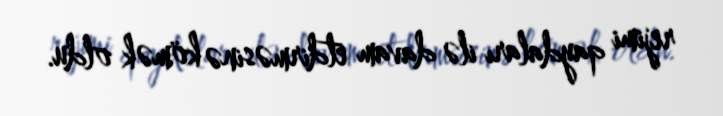
rejimi qaydaları ilə davam etdirməsinə kömək oldu.